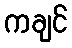
ကချင်